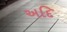
અદિ